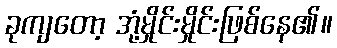
ခုကျတော့ အုံ့မှိုင်းမှိုင်းဖြစ်နေ၏။